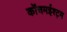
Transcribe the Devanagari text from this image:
कोंचमईश्ट्म